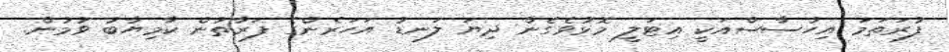
ފުރަތަމަ އިހުސާސްއަކީ އިޓަލީ މޮޅުވެގެން ދިޔަ ލަނޑު އަހަރެންގެ ފަރާތުން ކާމިޔާބު ވުމުން.